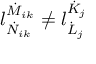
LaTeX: l _ { \dot { N } _ { i k } } ^ { \dot { M } _ { i k } } \neq l _ { \dot { L } _ { j } } ^ { \dot { K } _ { j } }